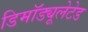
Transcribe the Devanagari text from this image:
डिमॉड्यूलेटेड